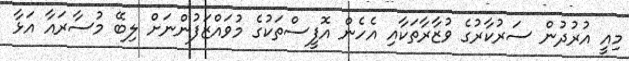
މިއީ އުރުދުން ސަރުކާރުގެ ވުޒާރާތަކާއި އެހެން އޮފީސްތަކުގެ މުވައްޒަފުންނަށް ލިބޭ މުސާރައާ އަޅާ